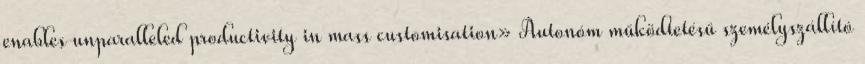
enables unparalleled productivity in mass customisation» Autonóm működtetésű személyszállító